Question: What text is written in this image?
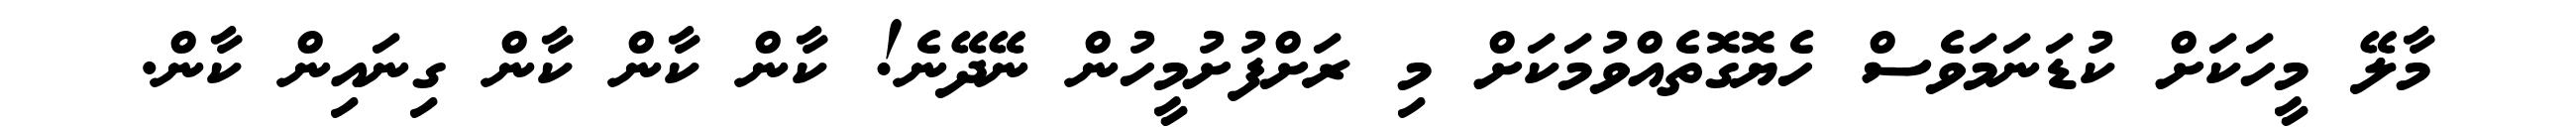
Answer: މާލޭ މީހަކަށް ކުޑަނަމަވެސް ހެޔޮގޮތެއްވުމަކަށް މި ރަށްފުށުމީހުން ނޭދޭނެ! ކާން ކާން ކާން ގިނައިން ކާން.